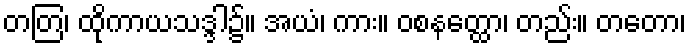
တတြ၊ ထိုကာယသဒ္ဒါ၌။ အယံ၊ ကား။ ဝစနတ္ထော၊ တည်း။ တတော၊